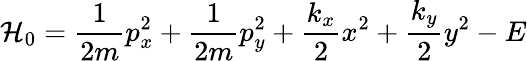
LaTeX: \mathcal{H}_{0}=\frac{1}{2m}p_{x}^{2}+\frac{1}{2m}p_{y}^{2}+\frac{k_{x}}{2}x^{2}+\frac{k_{y}}{2}y^{2}-E